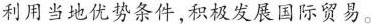
利用当地优势条件，积极发展国际贸易。